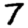
Digit: 7